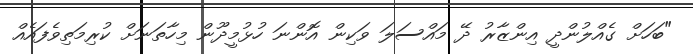
"ބަހަށް ގެއްލުންދީ އިންޒާރު ދޭ މައްސަލަ ވަކިން އޮންނަ ހުޅުމީދޫން މިހާތަނަށް ކުރިމަތިވެފައެއް